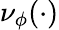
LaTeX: \nu_{\phi}(\cdot)